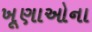
ખૂણાઓના